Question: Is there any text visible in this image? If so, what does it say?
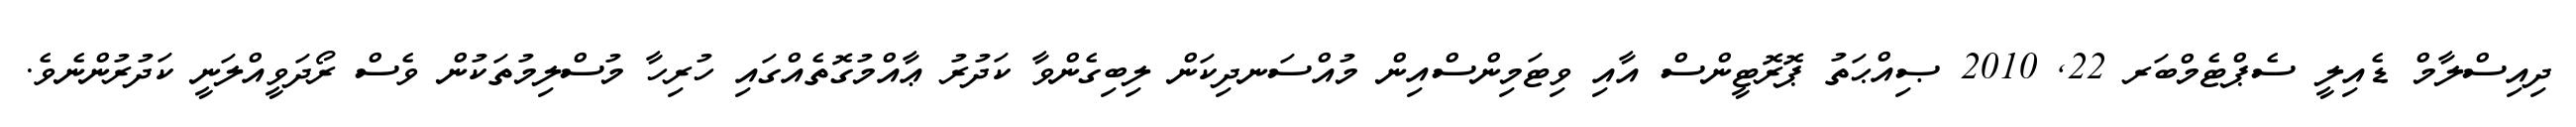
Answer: ދިއިސްލާމް ޑެއިލީ ސެޕްޓެމްބަރ 22, 2010 ޞިއްޙަތު ޕޮރޮޓީންސް އާއި ވިޓަމިންސްއިން މުއްސަނދިކަން ލިބިގެންވާ ކަދުރު ޢާއްމުގޮތެއްގައި ހުރިހާ މުސްލިމުތަކުން ވެސް ރޯދަވީއްލަނީ ކަދުރުންނެވެ.